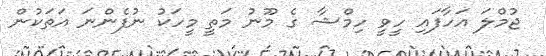
ޖުމްލަ އަހާފައި ހީވީ ހިމްޝާ ގެ މޫނު މަތީ މީހަކު ނުފެންނަ އަތަކުން